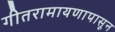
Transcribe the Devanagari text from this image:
गीतरामायणापासून